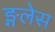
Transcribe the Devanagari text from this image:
ङ्गलेस